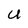
Character: U